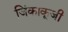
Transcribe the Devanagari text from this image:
जिंकाकूजी